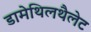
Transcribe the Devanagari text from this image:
डामेथिलथैलेट